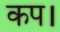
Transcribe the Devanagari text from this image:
कप।